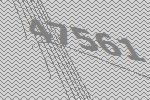
47561